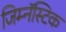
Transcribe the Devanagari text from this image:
जिम्नॅस्टिक